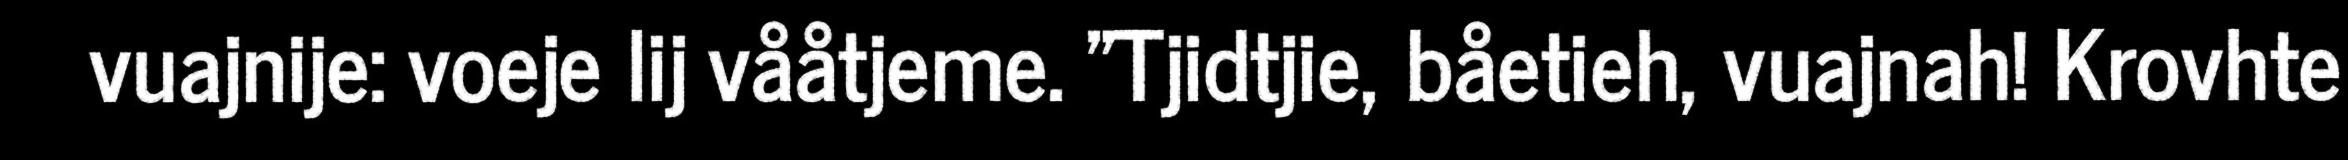
vuajnije: voeje lij vååtjeme. "Tjidtjie, båetieh, vuajnah! Krovhte